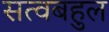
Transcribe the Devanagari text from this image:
सत्वबहुल